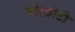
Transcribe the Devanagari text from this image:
औरछोटी